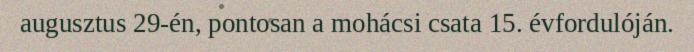
augusztus 29-én, pontosan a mohácsi csata 15. évfordulóján.